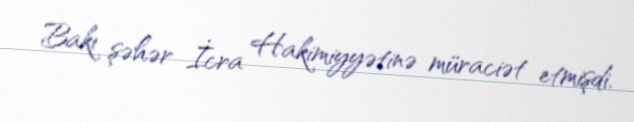
Bakı şəhər İcra Hakimiyyətinə müraciət etmişdi.